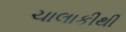
ચાલાકીથી